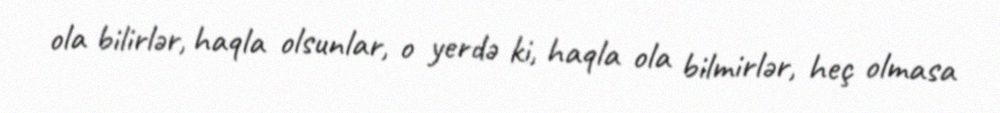
ola bilirlər, haqla olsunlar, o yerdə ki, haqla ola bilmirlər, heç olmasa